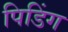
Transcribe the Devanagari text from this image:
पिडिंग